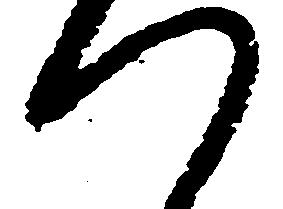
つ